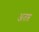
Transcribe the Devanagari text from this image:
अतप्त